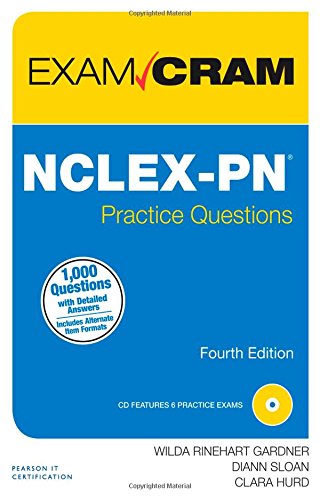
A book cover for NCLEX-PN Practice Questions Exam Cram (4th Edition); Wilda Rinehart; Test Preparation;